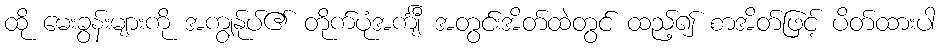
ထို မေးခွန်းများကို အကျွန်ုပ်၏ တိုက်ပုံအင်္ကျီ အတွင်းအိတ်ထဲတွင် ထည့်၍ စာအိတ်ဖြင့် ပိတ်ထားပါ